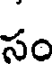
సం